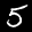
Label: 5